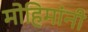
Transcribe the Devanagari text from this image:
मोहिमांनी